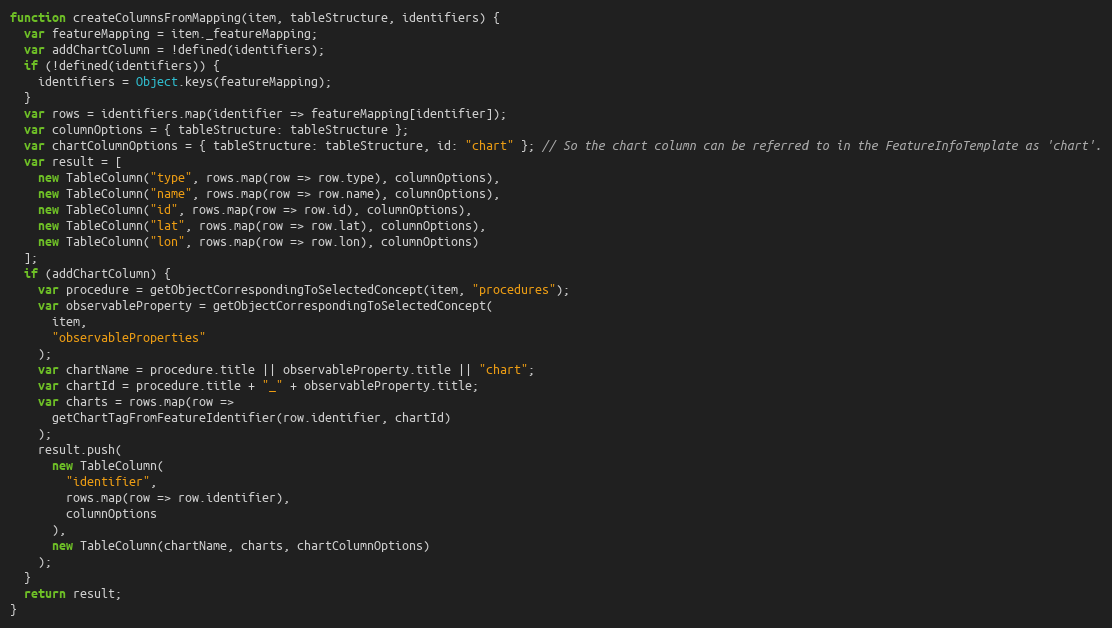
Language: JavaScript
function createColumnsFromMapping(item, tableStructure, identifiers) {
  var featureMapping = item._featureMapping;
  var addChartColumn = !defined(identifiers);
  if (!defined(identifiers)) {
    identifiers = Object.keys(featureMapping);
  }
  var rows = identifiers.map(identifier => featureMapping[identifier]);
  var columnOptions = { tableStructure: tableStructure };
  var chartColumnOptions = { tableStructure: tableStructure, id: "chart" }; // So the chart column can be referred to in the FeatureInfoTemplate as 'chart'.
  var result = [
    new TableColumn("type", rows.map(row => row.type), columnOptions),
    new TableColumn("name", rows.map(row => row.name), columnOptions),
    new TableColumn("id", rows.map(row => row.id), columnOptions),
    new TableColumn("lat", rows.map(row => row.lat), columnOptions),
    new TableColumn("lon", rows.map(row => row.lon), columnOptions)
  ];
  if (addChartColumn) {
    var procedure = getObjectCorrespondingToSelectedConcept(item, "procedures");
    var observableProperty = getObjectCorrespondingToSelectedConcept(
      item,
      "observableProperties"
    );
    var chartName = procedure.title || observableProperty.title || "chart";
    var chartId = procedure.title + "_" + observableProperty.title;
    var charts = rows.map(row =>
      getChartTagFromFeatureIdentifier(row.identifier, chartId)
    );
    result.push(
      new TableColumn(
        "identifier",
        rows.map(row => row.identifier),
        columnOptions
      ),
      new TableColumn(chartName, charts, chartColumnOptions)
    );
  }
  return result;
}